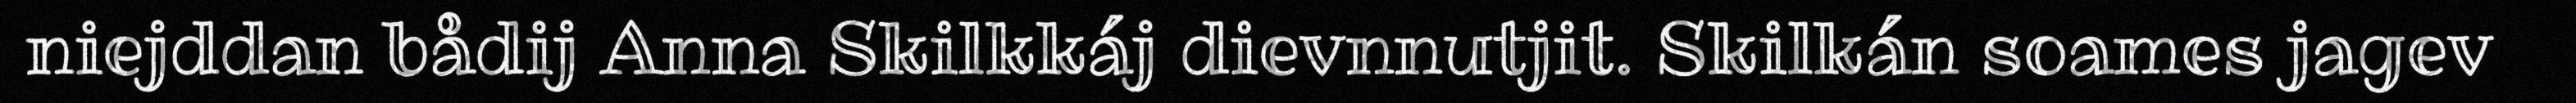
niejddan bådij Anna Skilkkáj dievnnutjit. Skilkán soames jagev